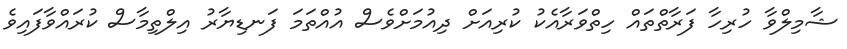
ޝާމިލްވާ ހުރިހާ ފަރާތްތައް ހިތްވަރާއެކު ކުރިއަށް ދިއުމަށްވެސް އުއްތަމަ ފަނޑިޔާރު އިލްތިމާސް ކުރައްވާފައިވެ